Cholera in India, 1862 to 1881
Year: 1862
Disease focus: Cholera
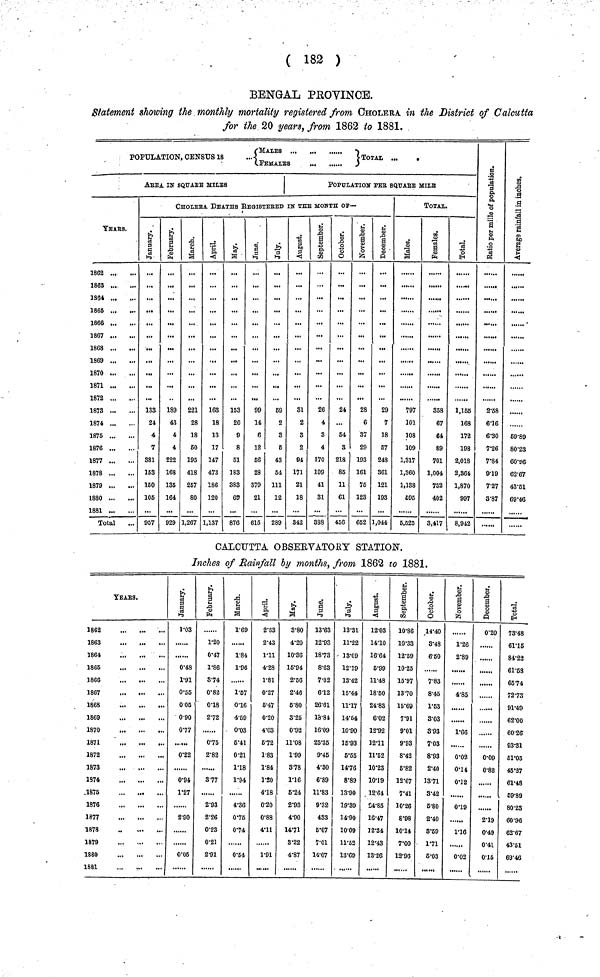
( 182 )
BENGAL PROVINCE.
Statement showing the monthly mortality registered from CHOLERA in the District of Calcutta
for the 20 years, from 1862 to 1881.
POPULATION, CENSUS 18
...
TOTAL
...
.
.FEMALES
)
AREA IK SQUARE MILES
YEARS.
1862
1863
1864
1865
1866 ...
1867
1868
1869
1870
1871
1872
1873
1874
1875
1876
1877
1878
1879
1880
1881
Total
POPULATION PER SQUARE MILE
CHOLERA DEATHS REGISTERED IN THE MONTH OF—
January
133
24
4
7
881
153
150
105
957
February
189
43
4
4
222
168
135
164
929
March
221
28
18
50
195
418
257
80
1,267
April
163
18
13
17
147
473
186
120
1,137
May
153
20
9
8
51
183
383
65
876
June
99
14
6
12
56
28
379
21
615
July
59
2
3
5
43
54
111
12
289
August
31
2
3
2
94
171
21
18
342
September
26
4
3
4
170
109
41
31
388
Octomber
24
...
54
3
218
85
11
61
456
November
28
6
37
29
193
161
75
123
652
December
29
7
18
57
243
361
121
193
1,044
TOTAL.
Males
797
101
108
109
1,317
1,360
1,138
C95
5,525
Females
358
67
64
89
701
1,004
732
402
3,417
Total
1,165
168
172
198
2,018
2,364
1,870
997
8,942
Ratio per mille of P
2·58
6·16
6·30
7·26
7·84
9·19
7·27
3·87
Avera in inch
59·89
80·23
60·96
62·67
43·51
69·46
CALCUTTA OBSEEVATORY STATION.
Inches of Rainfall by months, from 1862 to 1881.
YEArS.
1862
1863
1864
1865
1866
1867
1868
1869
1870
1871
1872
1873
1374
.1875
1876
.,
1877
1878
1879
1880
1881
January
1·03
0·48
1·91
0·55
0 05
0·90
0·77
0·22
0·94
1·27
2·90
0·05
February
1·20
0·47
1·86
3·74
0·82
0·18
2·72
0·75
2·82
3·77
2·93
2·26
0·23
0·21
2·91
March
1·69
1·84
1·96
1·57
0·16
4·69
0·03
6·41
0·21
1·18
1·94
4·86
0·75
0·74
0·54
April
2·53
2·43
1·11
4·28
1·81
0·27
6·47
0·20
4·03
6·72
1·83
1·84
1·20
4·18
0·20
0·88
4·11
1·91
May
3·80
4·20
10·36
16·94
2·56
2·46
5·80
3·25
0·92
11·08
1·99
3·78
1·16
5·24
2·93
4·90
14·71
3·22
4·87
June
13·63
12·93
18·73
8·63
7·02
612
26·61
18·81
16·09
25·35
9·45
4·30
6·89
11·83
9·32
433
6·07
7·01
14·07
July
13·31
11·22
13·09
12·19
18·42
15·44
11·17
14·54
10·90
16·93
5·55
14·76
8·89
13·90
19·39
14·90
10·09
11·52
13·69
August
12·03
14·10
16·64
5·99
11·48
18·50
24·83
6·02
12·92
12·11
11·52
10·23
10·19
12·64
24·85
16·47
12·34
12·43
13·26
September
10·86
10·33
12·59
10·25
15·97
13·70
15·69
7·91
9·01
9·93
8·42
6·82
12·67
7·41
10·26
8·98
10·14
7·00
12·96
Octomber
14·40
8·48
6·50
7·83
8·45
1·53
3·03
8·93
7·03
8·93
2·40
13·71
8·42
6·80
2·40
8·59
1·71
5·03
November
1·26
2·89
4·85
1·66
0·02
0·14
0·12
0·19
1·16
0·02
December
0·20
......
0·09
0·82
......
2·19
0·49
0·41
0·15
Total
73·48
61·15
84·22
61·58
6574
72·73
91·49
62·00
60·26
93·31
61·05
45·27
61·48
59·89
80·23
60·96
62·67
43·51
69·46